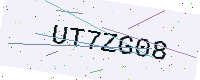
Text: UT7ZG08